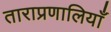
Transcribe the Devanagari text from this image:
ताराप्रणालियाँ